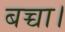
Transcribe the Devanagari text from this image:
बच्चा।